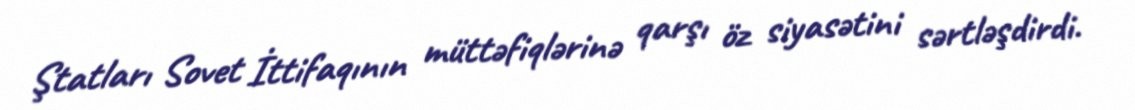
Ştatları Sovet İttifaqının müttəfiqlərinə qarşı öz siyasətini sərtləşdirdi.